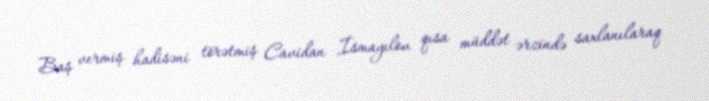
Baş vermiş hadisəni törətmiş Cavidan İsmayılov qısa müddət ərzində saxlanılaraq